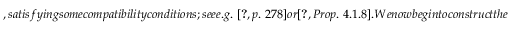
, s a t i s f y i n g s o m e c o m p a t i b i l i t y c o n d i t i o n s ; s e e e . g . \ \cite [ p . ~ 2 7 8 ] { M a c L a n e - c a t e g o r i e s - f o r - t h e - w o r k i n g - m a t h e m a t i c i a n } o r \cite [ P r o p . ~ 4 . 1 . 8 ] { J o h n s o n Y a u - 2 - d i m e n s i o n a l - c a t e g o r i e s } . W e n o w b e g i n t o c o n s t r u c t t h e